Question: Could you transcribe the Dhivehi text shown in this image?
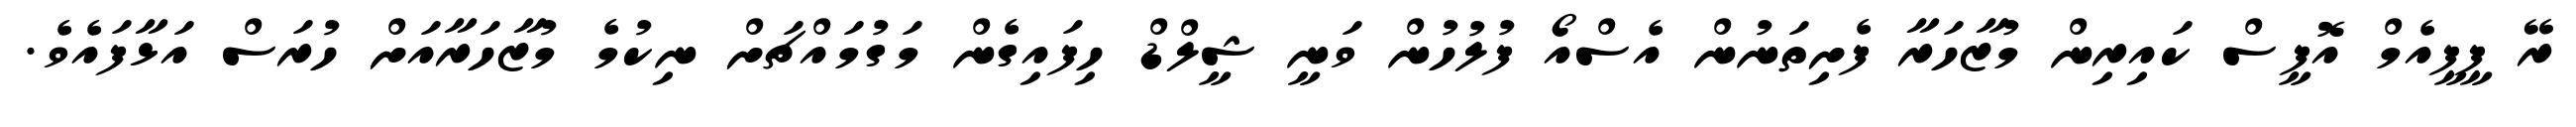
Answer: ރޭ ޕީޕީއެމް އޮފީސް ކައިރިން މުޒާހަރާ ފެށިތަނުން އެސްއޯ ފުލުހުން ވަނީ ޝީލްޑް ހިފައިގެން މަގުމައްޗަށް ނިކުމެ މުޒާހަރާއަށް ހުރަސް އަޅާފައެވެ.